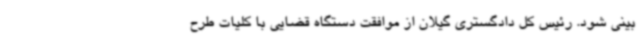
بینی شود. رئیس کل دادگستری گیلان از موافقت دستگاه قضایی با کلیات طرح